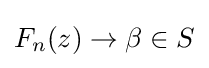
F_{n}(z)\to \beta \in S